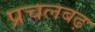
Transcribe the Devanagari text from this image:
प्रचलबढ़